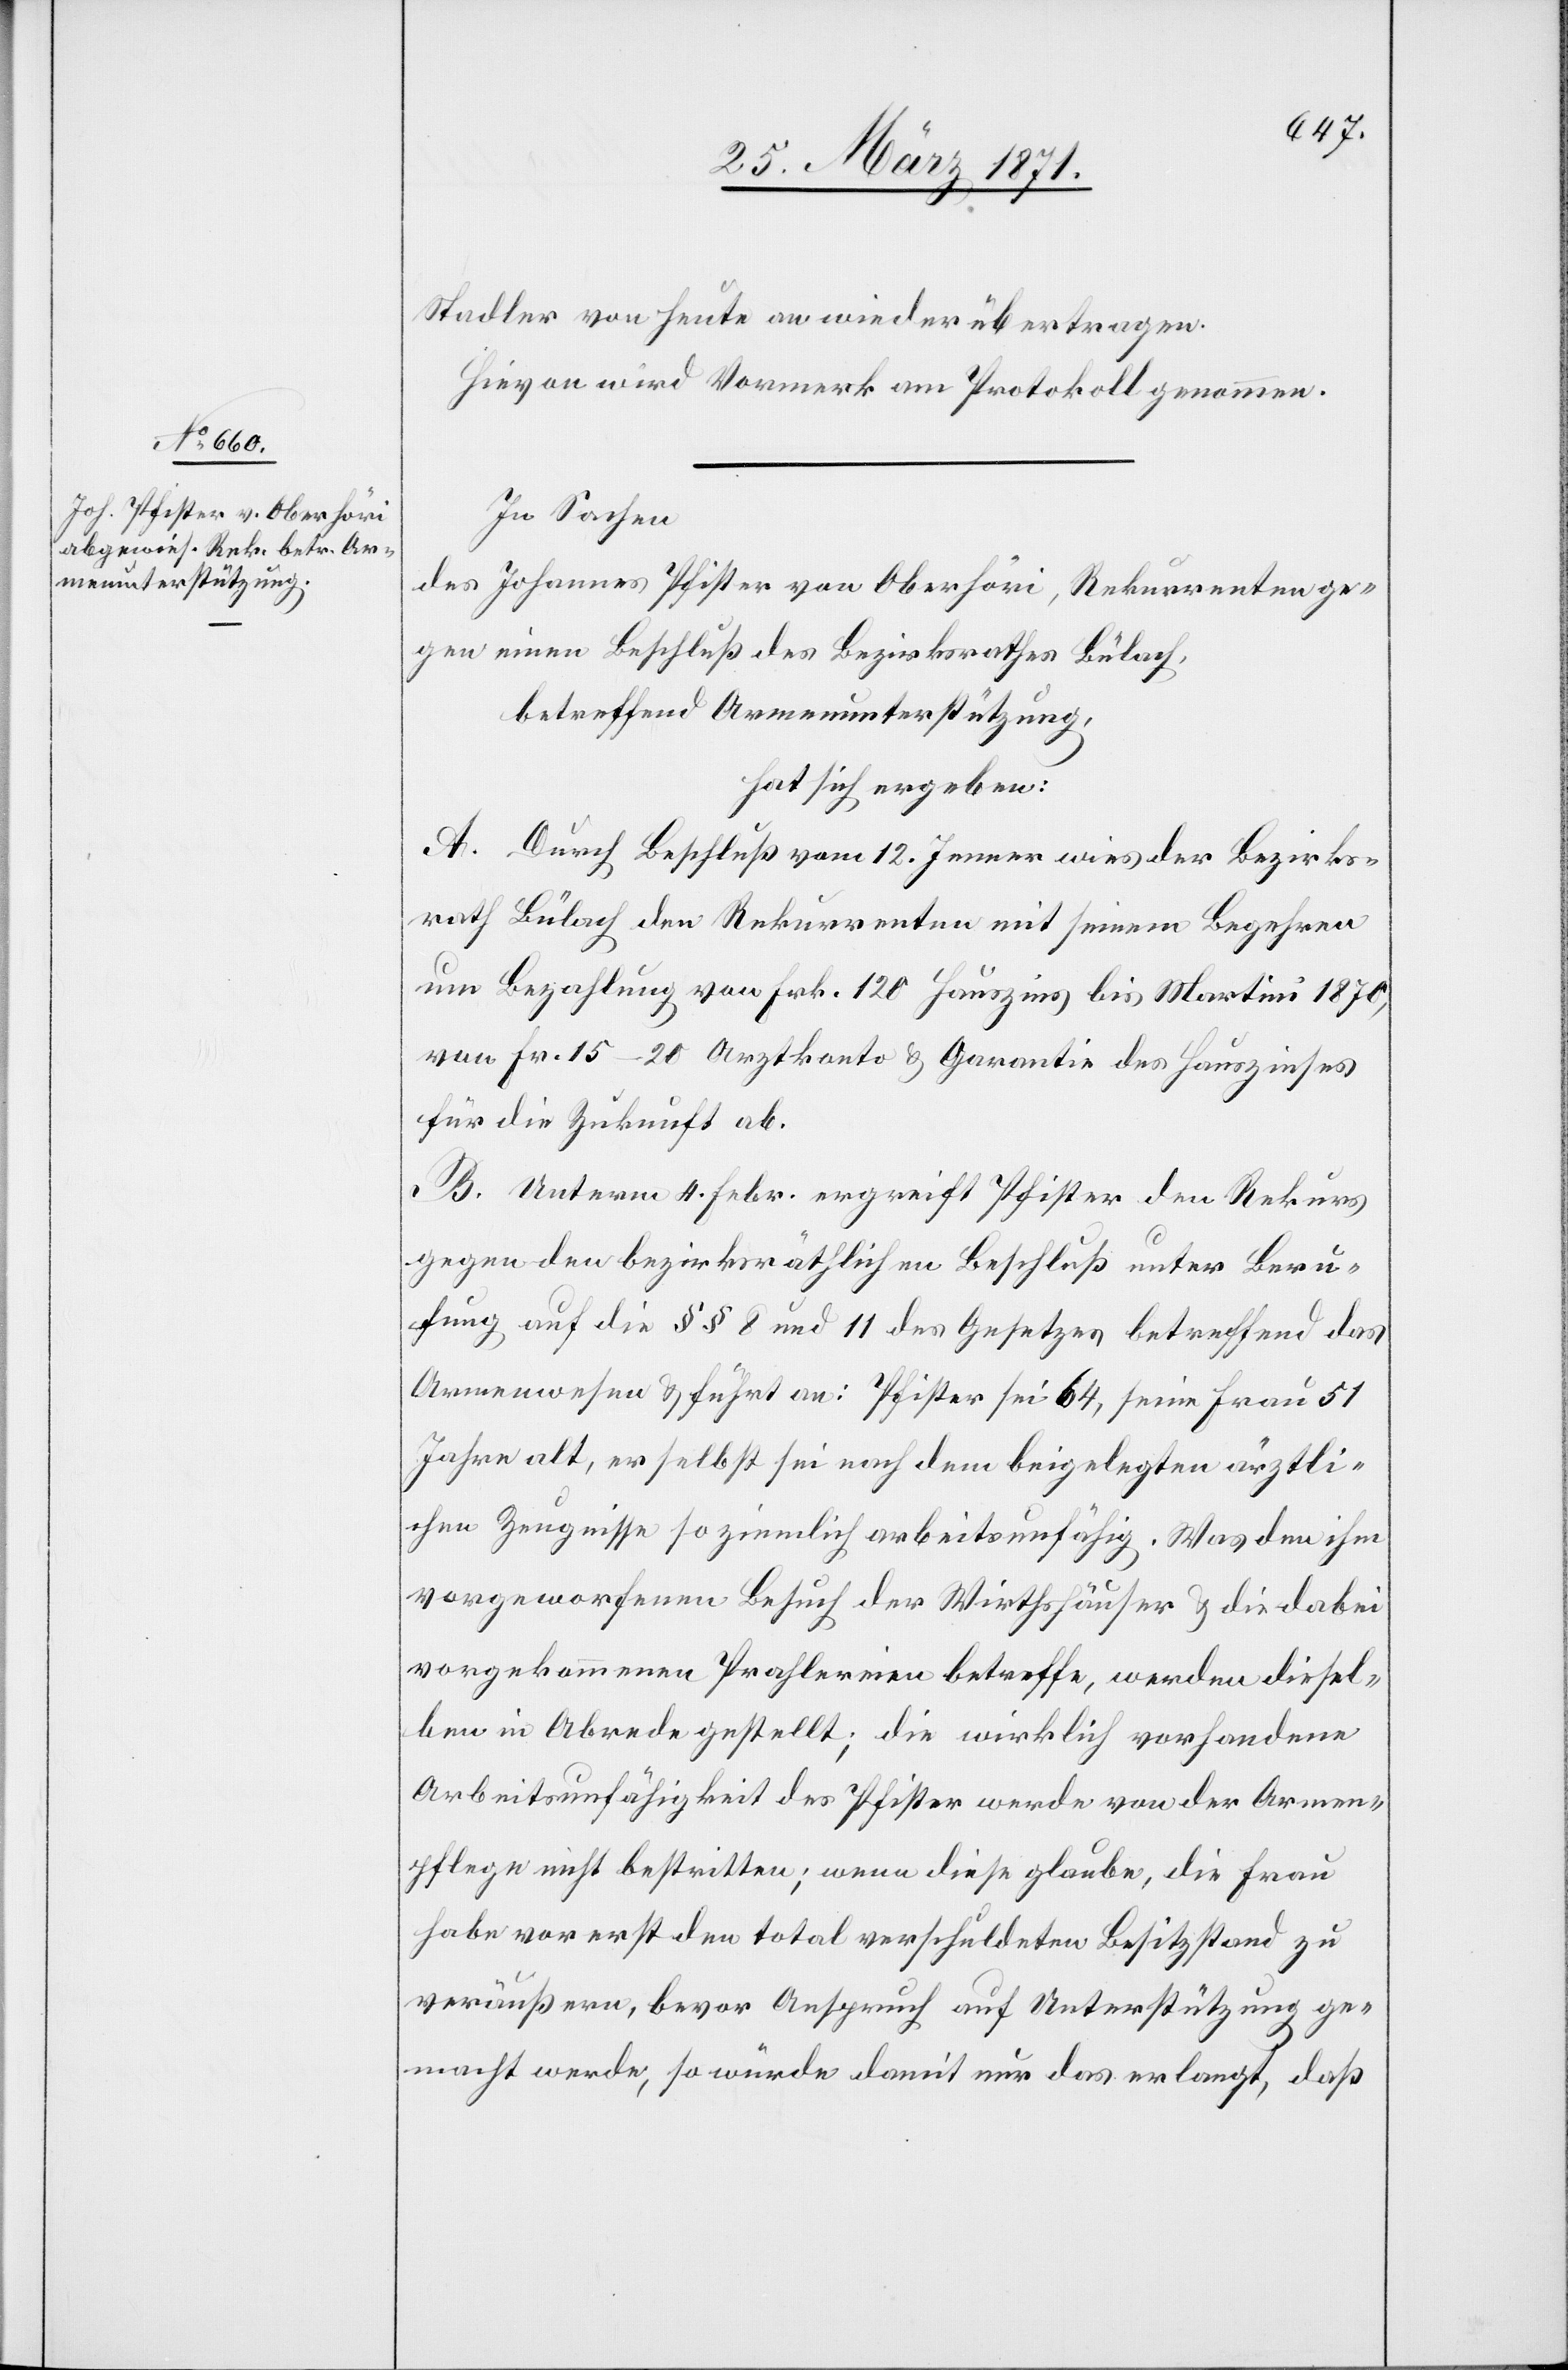
Stadler von heute an wieder übertragen.
Hievon wird Vormerk am Protokoll genommen
In Sachen
des Johannes Pfister von Oberhöri, Rekurrenten ge¬
gen einen Beschluss des Bezirksrathes Bülach,
betreffend Armenunterstützung,
hat sich ergeben:
A. Durch Beschluß vom 12. Jenner wies der Bezirks¬
rath Bülach den Rekurrenten mit seinem Begehren
um Bezahlung von Frk. 120 Hauszins bis Martini 1870,
von Fr. 15–20 Arztkonto u. Garantie des Hauszinses
für die Zukunft ab.
B. Unterm 4. Febr. ergreift Pfister den Rekurs
gegen den bezirksräthlichen Beschluß unter Beru¬
fung auf die §§ 8 und 11 des Gesetzes betreffend das
Armenwesen u. führt an: Pfister sei 64, seine Frau 51
Jahre alt, er selbst sei nach dem beigelegten ärztli¬
chen Zeugnisse so ziemlich arbeitsunfähig. Was den ihm
vorgeworfenen Besuch der Wirthshäuser u. die dabei
vorgekommenen Prahlereien betreffe, werden diesel¬
ben in Abrede gestellt; die wirklich vorhandene
Arbeitsunfähigkeit des Pfister werde von der Armen¬
pflege nicht bestritten; wenn diese glaube, die Frau
habe vorerst den total verschuldeten Besitzstand zu
veräußern, bevor Anspruch auf Unterstützung ge¬
macht werde, so würde damit nur das erlangt, daß